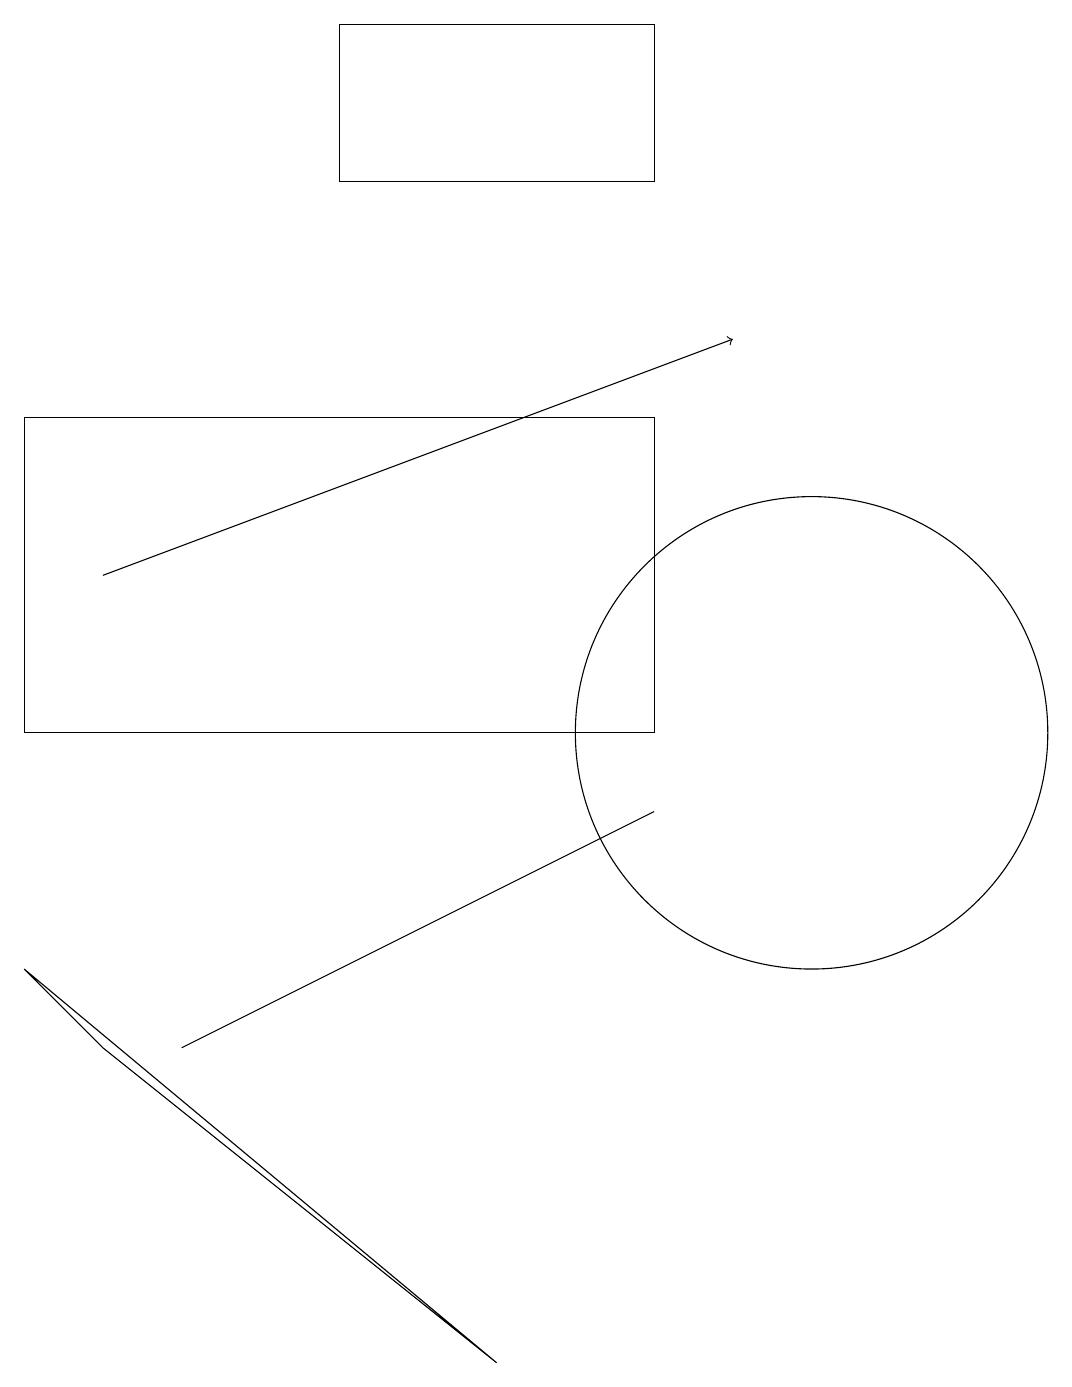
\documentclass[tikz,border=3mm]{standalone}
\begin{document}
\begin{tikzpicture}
\draw[->] (1,12) -- (9,15);
\draw (1,6) -- (6,2) -- (0,7) -- cycle;
\draw (8,14) rectangle (0,10);
\draw (10,10) circle (3);
\draw (8,9) -- (8,9) -- (2,6) -- cycle;
\draw (3,17) rectangle (3,17);
\draw (4,19) rectangle (8,17);
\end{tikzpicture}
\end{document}